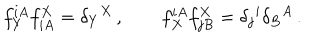
f _ { Y } ^ { i A } f _ { i A } ^ { X } = \delta _ { Y } { } ^ { X } \, , \qquad f _ { X } ^ { i A } f _ { j B } ^ { X } = \delta _ { j } { } ^ { i } \delta _ { B } { } ^ { A } \, .